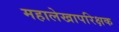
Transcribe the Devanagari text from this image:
महालेखापरिक्षक